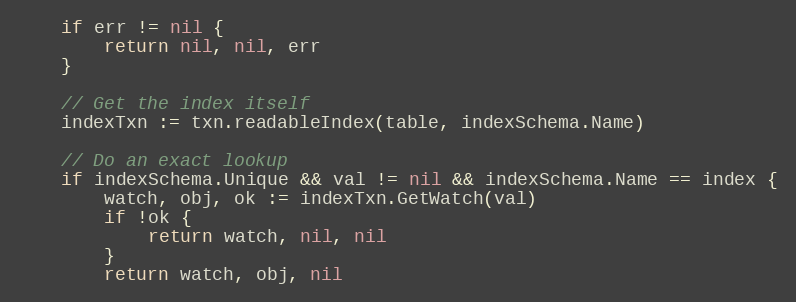
Language: Go
	if err != nil {
		return nil, nil, err
	}

	// Get the index itself
	indexTxn := txn.readableIndex(table, indexSchema.Name)

	// Do an exact lookup
	if indexSchema.Unique && val != nil && indexSchema.Name == index {
		watch, obj, ok := indexTxn.GetWatch(val)
		if !ok {
			return watch, nil, nil
		}
		return watch, obj, nil